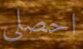
احصلي